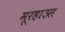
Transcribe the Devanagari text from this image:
मूरहाउस